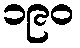
၁၉၀